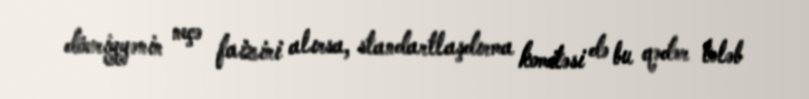
dövriyyənin neçə faizini alırsa, standartlaşdırma komitəsi də bu qədər tələb